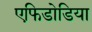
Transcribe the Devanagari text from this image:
एफिडोडिया